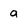
Character: a